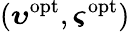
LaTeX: (\boldsymbol{\upsilon}^{\mathrm{opt}},\boldsymbol{\varsigma}^{\mathrm{opt}})